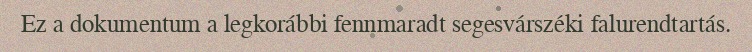
Ez a dokumentum a legkorábbi fennmaradt segesvárszéki falurendtartás.